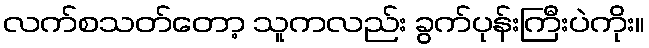
လက်စသတ်တော့ သူကလည်း ခွက်ပုန်းကြီးပဲကိုး။